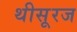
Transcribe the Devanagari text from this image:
थीसूरज